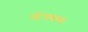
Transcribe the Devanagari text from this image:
धोंड्यास